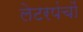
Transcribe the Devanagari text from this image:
लेटरपंचों